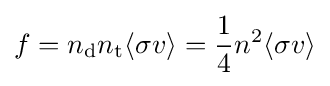
f=n_{\mathrm {d} }n_{\mathrm {t} }\langle \sigma v\rangle ={\frac {1}{4}}n^{2}\langle \sigma v\rangle